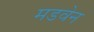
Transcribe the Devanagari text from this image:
मडवेन